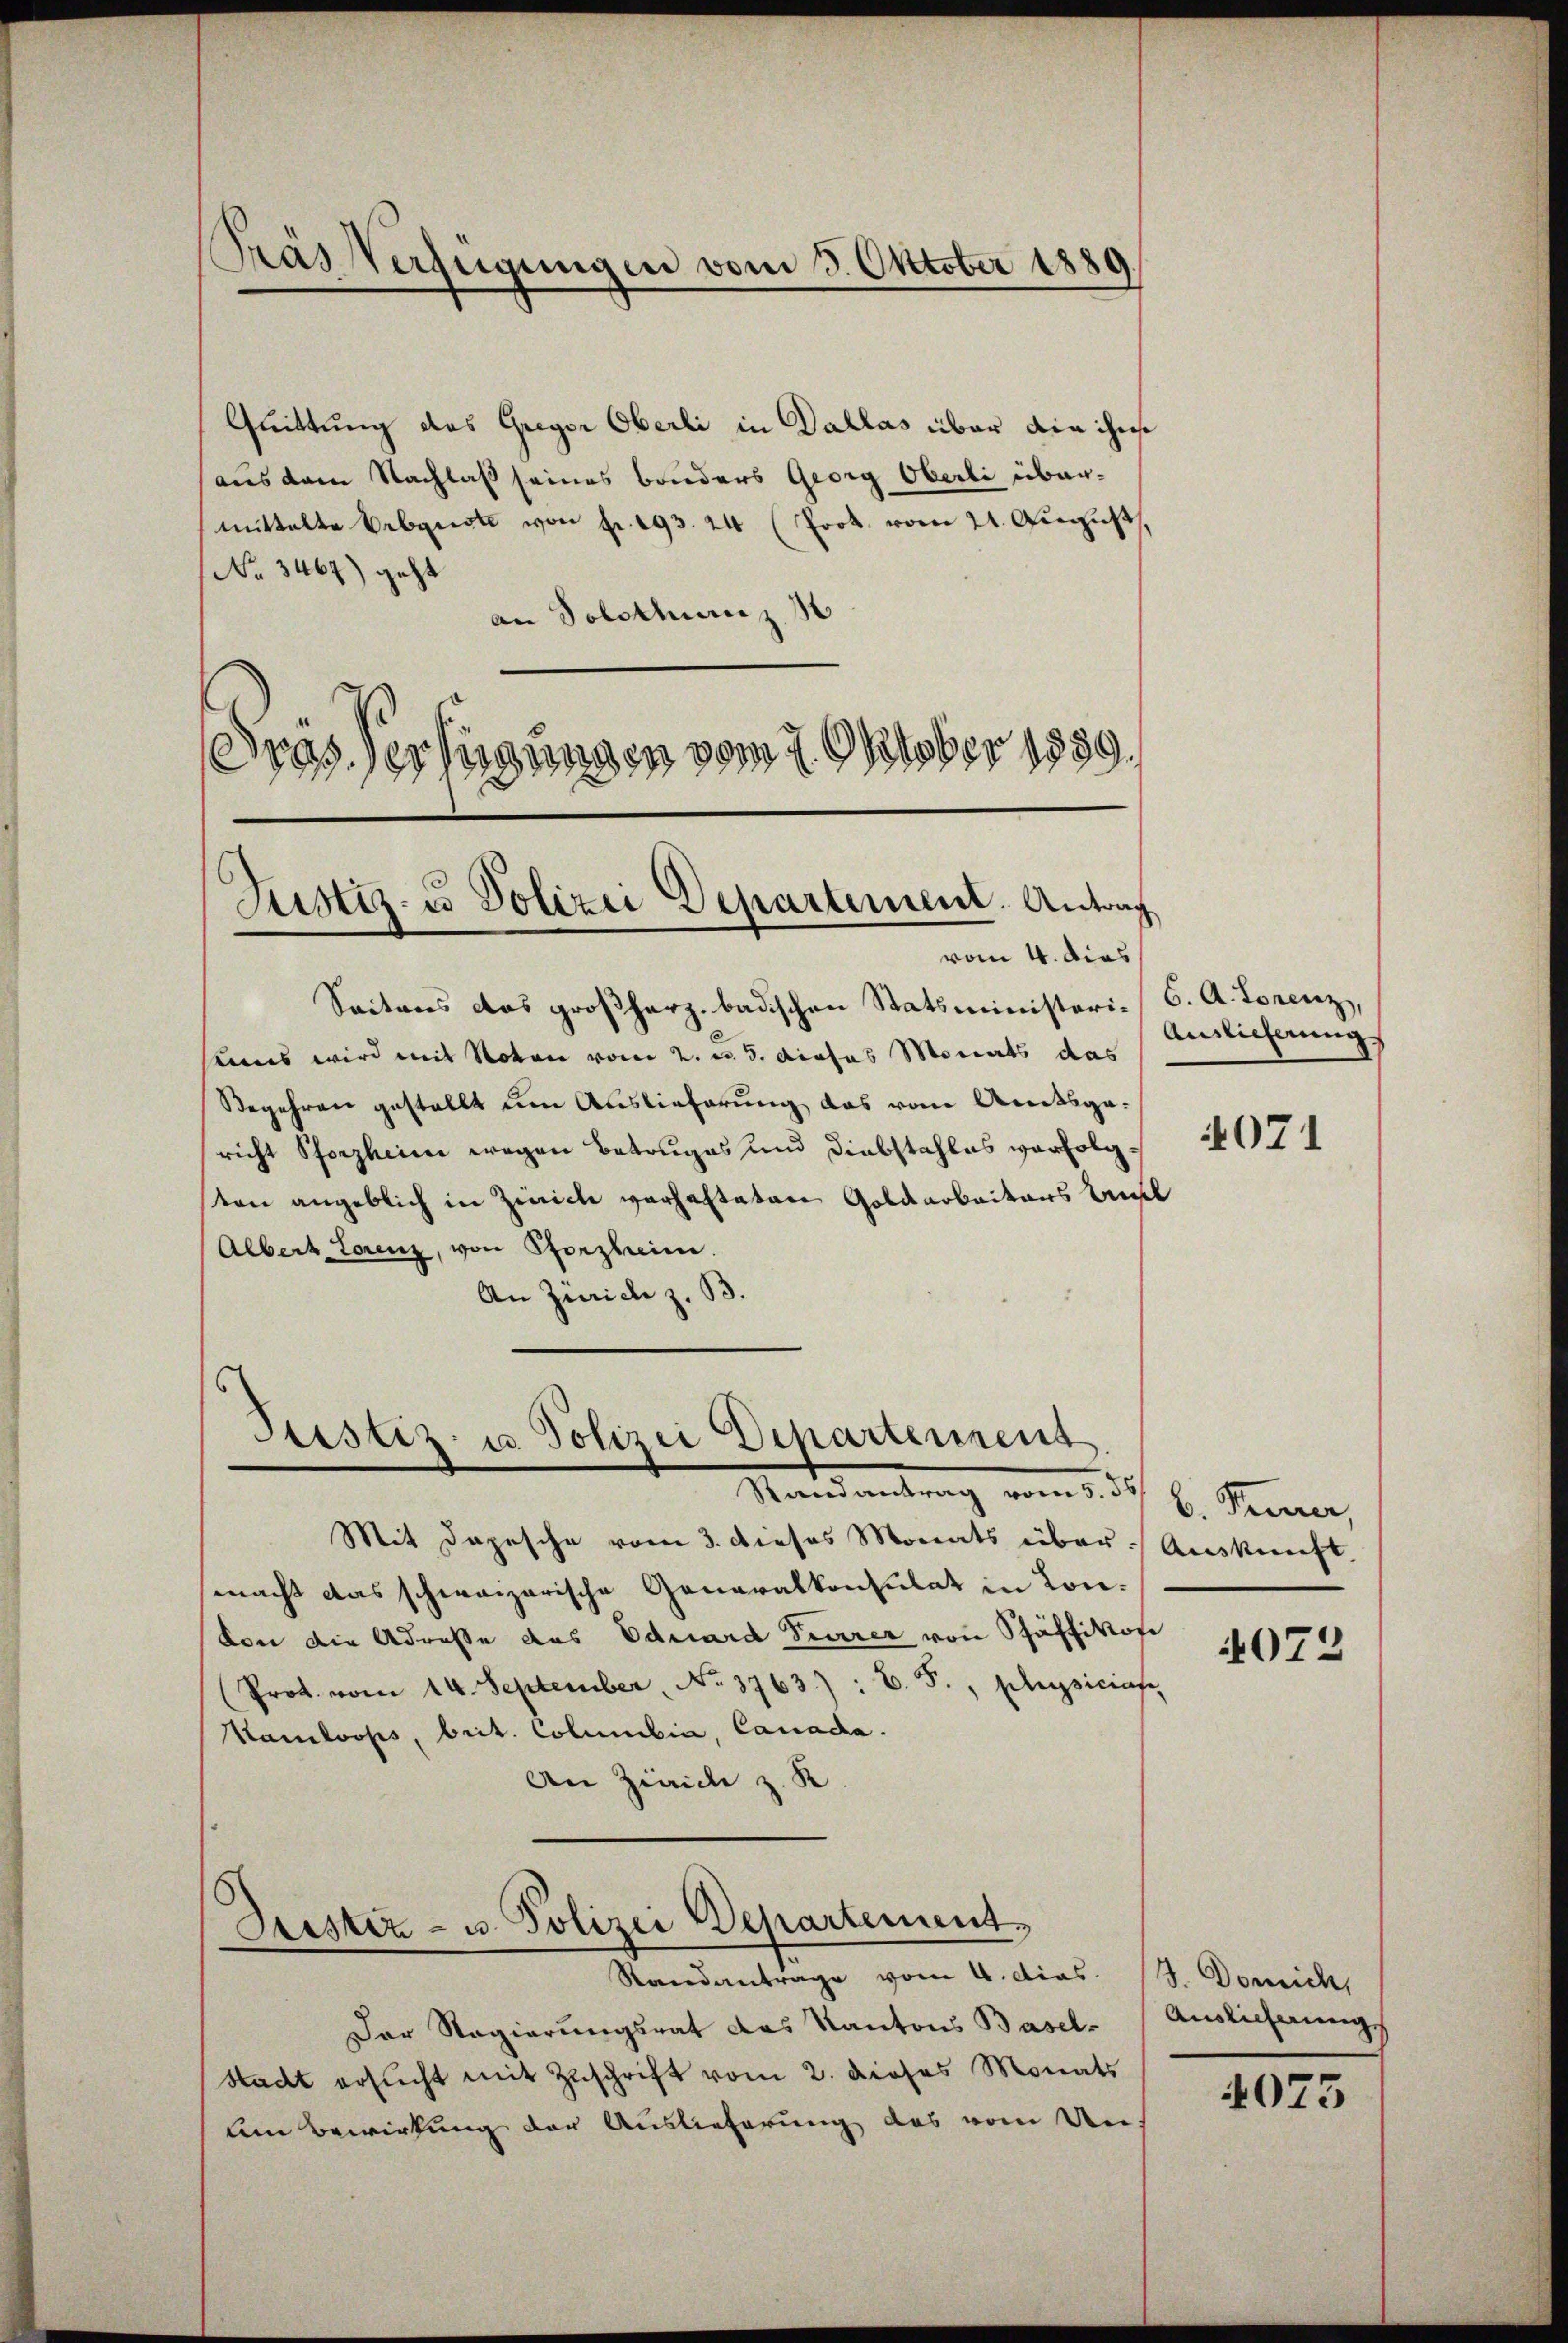
Pras Verfügungen vom 3. Oktober 1889
)

Quittung das Gregor Oberli in Dallas über die ihre
aus dem Nachlaß seines bonders Georg Oberli übermittelte Erbquote von Fr. 193. 24 (Prot. vom 21. August,
No 3467) geht
an Solottanz
Gras Verfügungen vom 1. Oktober 1859.

Justiz- u Polizei Departement. Antrag

Seitens das großherz. badischen Statsministeri-C. A. Lorenz,
sens wird mit Noten vom 2. u. 5. dieses Monats das
Begehren gestellt um Auslieferung das vom Amtsgericht Pforzheim wegen Betruges und Diebstahles verfolgton angeblich in Zinicli verhalteten Goldarbeiters Ansel
Albert Lorenz, von Pforzheim.
An Zürich z. B.

Stestiz- u. Polizei Departenrent
Stand antrag vom 1. d.

Geistiz- u. Polizei Departement
Standantrage vom 4. dies. 13. Domich

Der Regierungsrat das Kantons Basel-
Stadt ersŭcht mit Zŭschrift vom 2. dieses Monats
lm Bewirkung der Auslieferung das vom Un¬

vom 4. dies

Mit Depesche vom 3. dieses Monats über Auskunft.
macht das schweizerische Generalkonsulat in Konvon die Adresse des Eduard Feuerer von Schäffikon
Prot. vom 14. September, No. 3763): C. F., Stupsiciafe,
Kamloops, beit. Columbia, Canada.
An Zürich z. R.

Auslieferung

4071

b. Feuerer,

072

Auslicherungs

4073